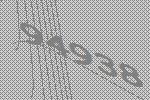
94938